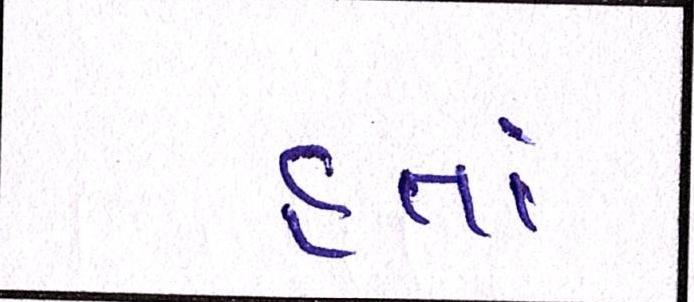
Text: હતાં